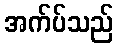
အက်ပ်သည်